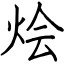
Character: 烩